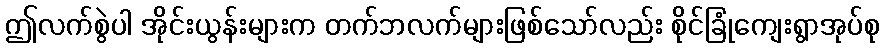
ဤလက်စွဲပါ အိုင်းယွန်းများက တက်ဘလက်များဖြစ်သော်လည်း စိုင်ခြုံကျေးရွာအုပ်စု